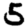
Digit: 5